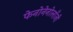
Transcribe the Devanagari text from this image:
फेनोनेनोलाँजी